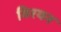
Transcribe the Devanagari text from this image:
मिरयन